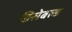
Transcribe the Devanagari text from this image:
डिसेबल्ड